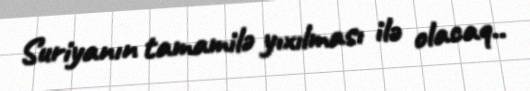
Suriyanın tamamilə yıxılması ilə olacaq..